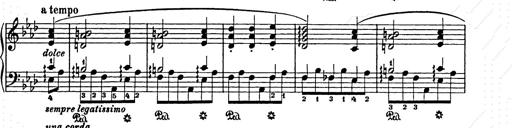
Title: Elegy No.1
Composer: Franz Liszt
Key: A-flat major